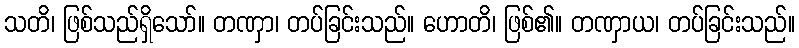
သတိ၊ ဖြစ်သည်ရှိသော်။ တဏှာ၊ တပ်ခြင်းသည်။ ဟောတိ၊ ဖြစ်၏။ တဏှာယ၊ တပ်ခြင်းသည်။